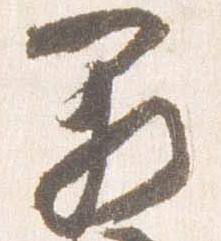
闕